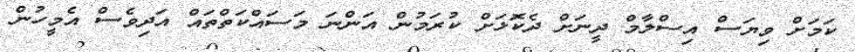
ކަމަށް ވިޔަސް އިސްލާމް ދީނަށް ދެކޮަޅަށް ކުރަމުން އަންނަ މަސައްކަތްތައް އަދިވެސް އެމީހުން